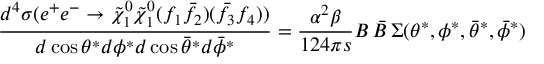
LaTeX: \frac { d ^ { 4 } \sigma ( e ^ { + } e ^ { - } \to \tilde { \chi } _ { 1 } ^ { 0 } \tilde { \chi } _ { 1 } ^ { 0 } ( f _ { 1 } \bar { f } _ { 2 } ) ( \bar { f } _ { 3 } f _ { 4 } ) ) } { d \cos \theta ^ { * } d \phi ^ { * } d \cos \bar { \theta } ^ { * } d \bar { \phi } ^ { * } } = \frac { \alpha ^ { 2 } \beta } { 1 2 4 \pi s } { \cal B } \, \bar { \cal B } \, \Sigma ( \theta ^ { * } , \phi ^ { * } , \bar { \theta } ^ { * } , \bar { \phi } ^ { * } )